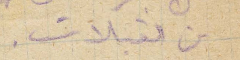
من القبلات